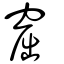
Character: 窟